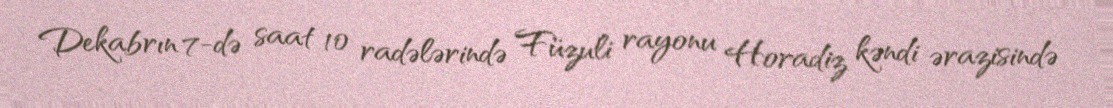
Dekabrın 7-də saat 10 radələrində Füzuli rayonu Horadiz kəndi ərazisində